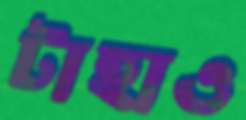
টাহাও